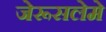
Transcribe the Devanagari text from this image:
जेरूसलेमे